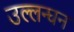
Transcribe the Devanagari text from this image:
उल्लन्घन